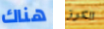
هناك الكرز